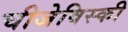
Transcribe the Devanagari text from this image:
चीजेविस्की